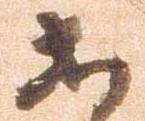
等